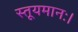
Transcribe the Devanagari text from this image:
स्तूयमानः।